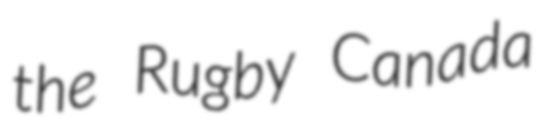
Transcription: the Rugby Canada